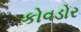
કોવડોર